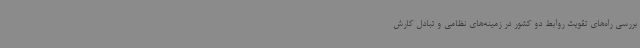
بررسی راه‌های تقویت روابط دو کشور در زمینه‌های نظامی و تبادل کارش